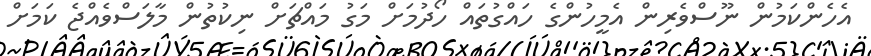
އެހެންކަމުން ނޫސްވެރިން އެމީހުންގެ ހައްގުތައް ހޯދުމަށް މަގު މައްޗަށް ނިކުތުން މާލަސްވެއްޖެ ކަމަށް